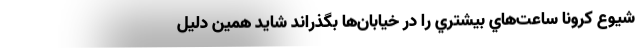
شيوع كرونا ساعت‌هاي بيشتري را در خيابان‌ها بگذراند شايد همين دليل